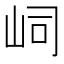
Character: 㟃